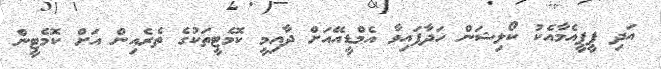
އަދި ޕީޕީއެމާއެކު ކޯލިޝަން ހަދާފައިވާ އެމްޑީއޭއަށް ދާއިމީ ކޮމެޓީތަކުގެ ތެރެއިން އަށް ކޮމެޓީން